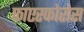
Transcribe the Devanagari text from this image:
फाएस्फोरोस